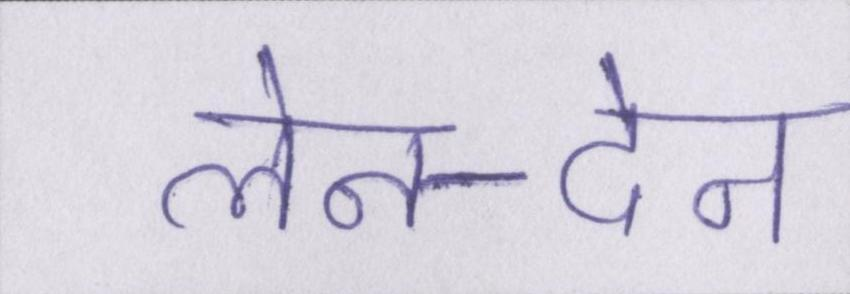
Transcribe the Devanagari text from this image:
लेन-देन